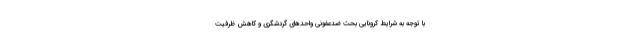
با توجه به شرایط کرونایی بحث ضدعفونی واحدهای گردشگری و کاهش ظرفیت